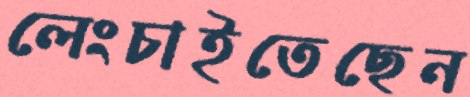
লেংচাইতেছেন